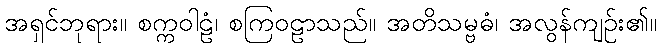
အရှင်ဘုရား။ စက္ကဝါဠံ၊ စကြဝဠာသည်။ အတိသမ္ဗဓံ၊ အလွန်ကျဉ်း၏။